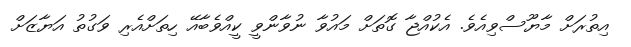
އިތުރަށް މާޔޫސްވިއެވެ. އެކުއްޖާ ގޮތަށް މައުވާ ނުވާންވީ ކީއްވެބާއޭ ހިތަށްއެރި ވަގުތު އަޔާޒަށް